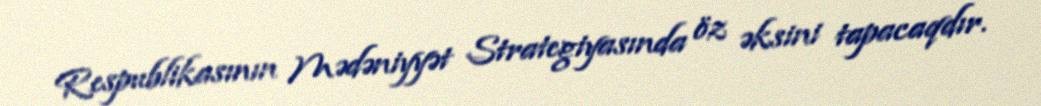
Respublikasının Mədəniyyət Strategiyasında öz əksini tapacaqdır.